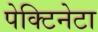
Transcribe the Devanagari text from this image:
पेक्टिनेटा